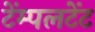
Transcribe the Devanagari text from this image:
टेंम्पलटेंट